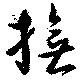
撫